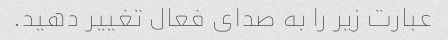
عبارت زیر را به صدای فعال تغییر دهید.